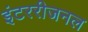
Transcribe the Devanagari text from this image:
इंटररीजनल